Lunatic asylums Burma 1907-21 - 1907-1921
Year: 1907
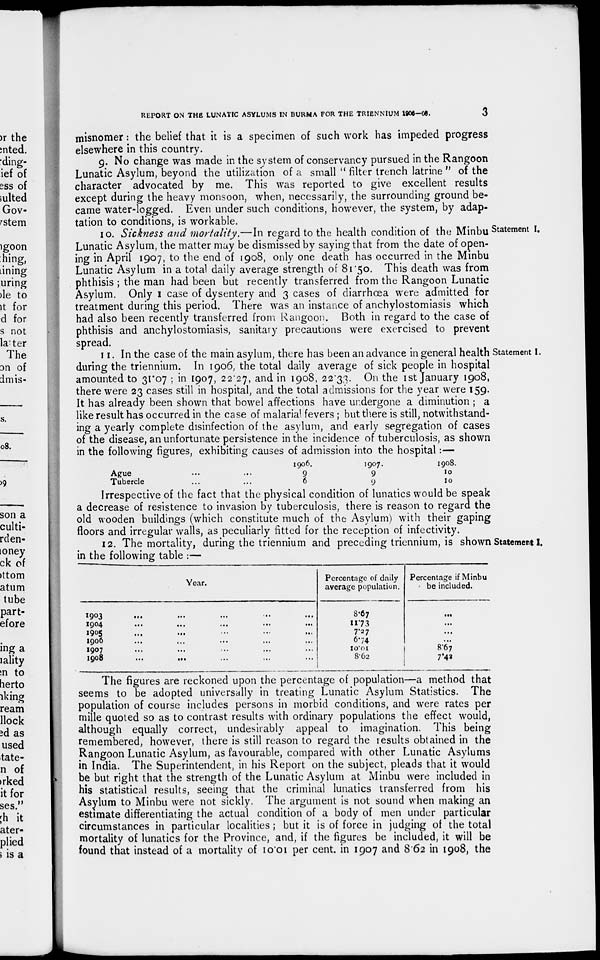
REPORT ON THE LUNATIC ASYLUMS IN BURMA FOR THE TRIENNIUM
1906-08.
3
misnomer: the belief that it is a specimen of such work has impeded progress
elsewhere in this country.
9. No change was made in the system of conservancy pursued in the Rangoon
Lunatic Asylum, beyond the utilization of a small " filter trench latrine " of the
character advocated by me. This was reported to give excellent results
except during the heavy monsoon, when, necessarily, the surrounding ground be-
came water-logged. Even under such conditions, however, the system, by adap-
tation to conditions, is workable.
Statement I.
10. Sickness and mortality.—In regard to the health condition of the Minbu
Lunatic Asylum, the matter may be dismissed by saying that from the date of open-
ing in April 1907, to the end of 1908, only one death has occurred in the Minbu
Lunatic Asylum in a total daily average strength of 81.50. This death was from
phthisis ; the man had been but recently transferred from the Rangoon Lunatic
Asylum. Only 1 case of dysentery and 3 cases of diarrhœa were admitted for
treatment during this period. There was an instance of anchylostomiasis which
had also been recently transferred from Rangoon. Both in regard to the case of
phthisis and anchylostomiasis, sanitary precautions were exercised to prevent
spread.
Statement I.
11. In the case of the main asylum, there has been an advance in general health
during the triennium. In 1906, the total daily average of sick people in hospital
amounted to 31.07 ; in 1907, 22.27, and in 1908, 22.33. On the 1st January 1908,
there were 23 cases still in hospital, and the total admissions for the year were 159.
It has already been shown that bowel affections have undergone a diminution ; a
like result has occurred in the case of malarial fevers ; but there is still, notwithstand-
ing a yearly complete disinfection of the asylum, and early segregation of cases
of the disease, an unfortunate persistence in the incidence of tuberculosis, as shown
in the following figures, exhibiting causes of admission into the hospital:—
Ague ... ...
Tubercle ... ...
1906.
9
6
1907.
9
9
1908.
10
10
Irrespective of the fact that the physical condition of lunatics would be speak
a decrease of resistence to invasion by tuberculosis, there is reason to regard the
old wooden buildings (which constitute much of the Asylum) with their gaping
floors and irregular walls, as peculiarly fitted for the reception of infectivity.
Statement I.
12. The mortality, during the triennium and preceding triennium, is shown
in the following table :—
Year.
1903 ... ... ... ... ...
1904 ... ... ... ... ...
1905 ... ... ... ... ...
1906 ... ... ... ... ...
1907 ... ... ... ... ...
1908 ... ... ... ... ...
Percentage of daily
average population.
8.67
11.73
7.27
6.74
10.01
8.62
Percentage if Minbu
be included.
...
...
...
...
8.67
7.42
The figures are reckoned upon the percentage of population—a method that
seems to be adopted universally in treating Lunatic Asylum Statistics. The
population of course includes persons in morbid conditions, and were rates per
mille quoted so as to contrast results with ordinary populations the effect would,
although equally correct, undesirably appeal to imagination. This being
remembered, however, there is still reason to regard the results obtained in the
Rangoon Lunatic Asylum, as favourable, compared with other Lunatic Asylums
in India. The Superintendent, in his Report on the subject, pleads that it would
be but right that the strength of the Lunatic Asylum at Minbu were included in
his statistical results, seeing that the criminal lunatics transferred from his
Asylum to Minbu were not sickly. The argument is not sound when making an
estimate differentiating the actual condition of a body of men under particular
circumstances in particular localities ; but it is of force in judging of the total
mortality of lunatics for the Province, and, if the figures be included, it will be
found that instead of a mortality of 10.01 per cent. in 1907 and 8.62 in 1908, the